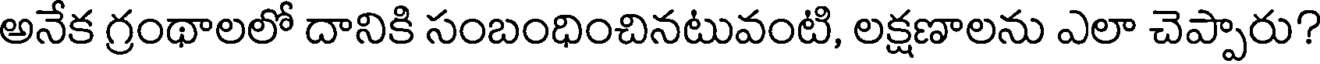
అనేక గ్రంథాలలో దానికి సంబంధించినటువంటి, లక్షణాలను ఎలా చెప్పారు?